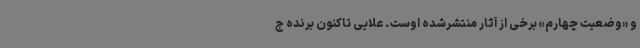
و «وضعیت چهارم» برخی از آثار منتشرشده‌ اوست. علایی تاکنون برنده ج